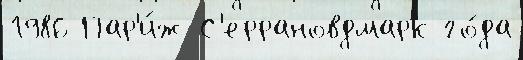
1986 Пар'и́ж С'еррановдмарк го́да